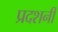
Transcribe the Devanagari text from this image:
प्रदशर्नी